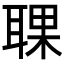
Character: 𦖍